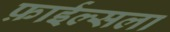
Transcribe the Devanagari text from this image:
फ़ाईल्सला